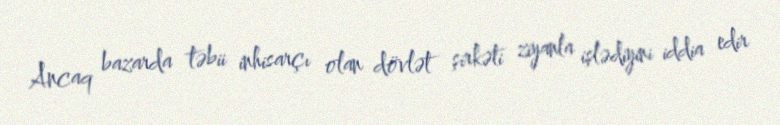
Ancaq bazarda təbii inhisarçı olan dövlət şirkəti ziyanla işlədiyini iddia edir